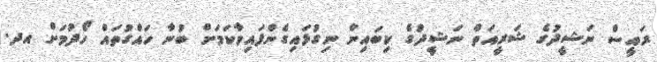
ރައީސް ނަޝީދުގެ ޝަރީއަތް ނަޝީދުގެ ކިބައިން ނިގުޅައިގެންފައިވާކަމަށް ބުނާ ހައްގުތައް ހޯދުމަށް އދ.